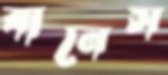
বানেস